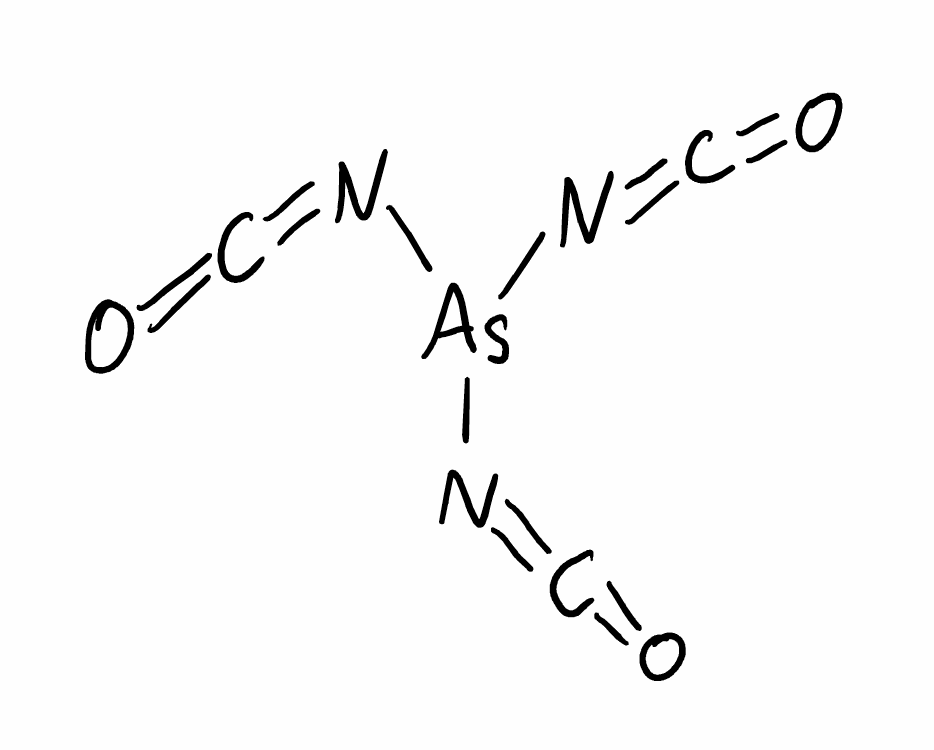
Simplified molecular-input line-entry system (SMILES) notation of the given molecule:
C(=N[As](N=C=O)N=C=O)=O